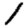
Digit: 1